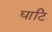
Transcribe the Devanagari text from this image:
घाटि